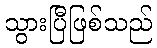
သွားပြီဖြစ်သည်